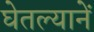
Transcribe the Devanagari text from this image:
घेतल्यानें